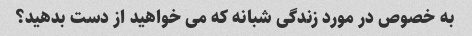
به خصوص در مورد زندگی شبانه که می خواهید از دست بدهید؟